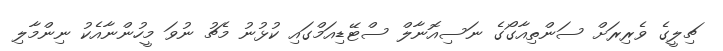
ޗިލީގެ ވެރިރަށް ސަންތިއާގޯގެ ނަސިއޮނާލް ސްޓޭޑިއަމްގައި ކުޅުނު މެޗު ނުވަ މީހުންނާއެކު ނިންމާލި